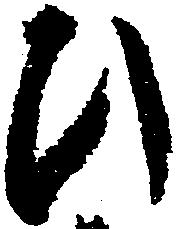
ひ